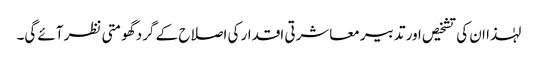
لہٰذا ان کی تشخیص اور تدبیر معاشرتی اقدار کی اصلاح کے گرد گھومتی نظر آئے گی۔